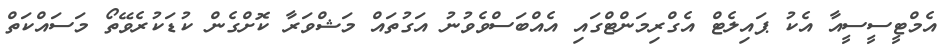
އެމްޓީސީސީއާ އެކު ޕައިލެޓް އެގްރިމަންޓްގައި އެއްބަސްވެވުނު އަގުތައް މަޝްވަރާ ކޮށްގެން ކުޑަކުރެވޭތޯ މަސައްކަތް